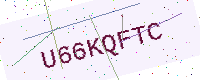
Text: U66KQFTC